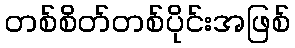
တစ်စိတ်တစ်ပိုင်းအဖြစ်